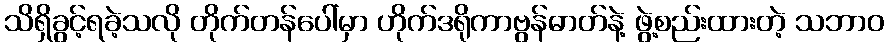
သိရှိခွင့်ရခဲ့သလို တိုက်တန်ပေါ်မှာ ဟိုက်ဒရိုကာဗွန်ဓာတ်နဲ့ ဖွဲ့စည်းထားတဲ့ သဘာဝ